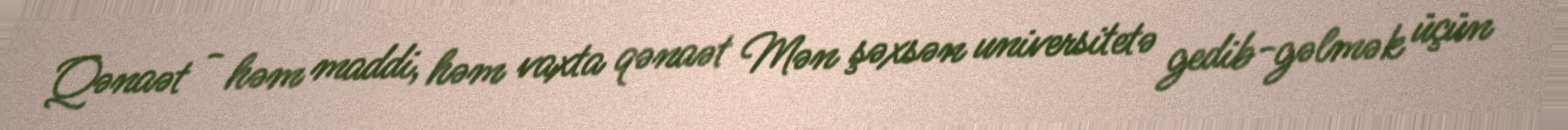
Qənaət - həm maddi, həm vaxta qənaət Mən şəxsən universitetə gedib-gəlmək üçün